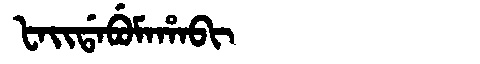
Manchu: ᡶᠠᡳᡩᠠᠪᡠᠮᠠᡥᠠᠪᡳ
Romanization: FAIDABUMAHABI